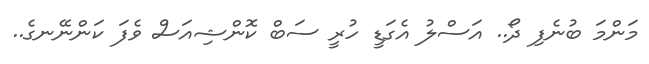
މަންމަ ބުނެފި ދޯ.. އަސްލު އެގަޑީ ހުރީ ސަބް ކޮންޝިއަސް ވެފަ ކަންނޭނގެ..